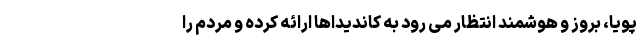
پویا، بروز و هوشمند انتظار می رود به کاندیداها ارائه کرده و مردم را